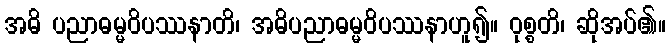
အဓိ ပညာဓမ္မဝိပဿနာတိ၊ အဓိပညာဓမ္မဝိပဿနာဟူ၍။ ဝုစ္စတိ၊ ဆိုအပ်၏။